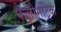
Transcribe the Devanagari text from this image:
फेलोमेट्रिक